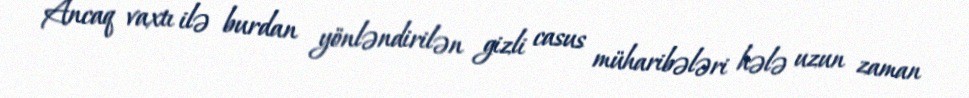
Ancaq vaxtı ilə burdan yönləndirilən gizli casus müharibələri hələ uzun zaman